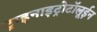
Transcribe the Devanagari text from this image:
ट्राइनाइट्रोटॉलूईन